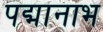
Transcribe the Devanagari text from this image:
पद्मानाभ